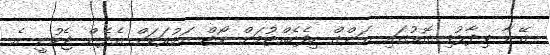
އޭނާ ވިދާޅުވި ގޮތުގައި ޔަންގް ހިފެހެއްޓުމަށް ކޯޓް އަމުރަކަށް އެދެން ޖެހުނީ އެ